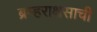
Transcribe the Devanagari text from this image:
ब्रम्हराक्षसाची